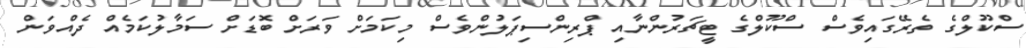
ސްކޫލްގެ ތެރޭގައިވެސް ސްކޫލްގެ ޓީޗަރުންނާއި ޕްރިންސިޕަލުންވެސް މިކަމަށް ވަރަށް ބޮޑަށް ސަމާލުކަމެއް ދެއްވަން